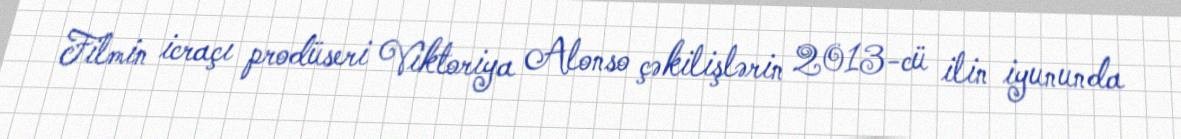
Filmin icraçı prodüseri Viktoriya Alonso çəkilişlərin 2013-cü ilin iyununda